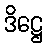
ဒိဋ္ဌေ